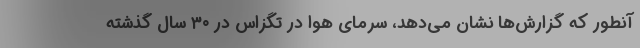
آنطور که گزارش‌ها نشان می‌دهد، سرمای هوا در تگزاس در ۳۰ سال گذشته